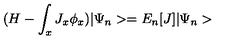
( H - \int _ { x } J _ { x } \phi _ { x } ) | \Psi _ { n } > = E _ { n } [ J ] | \Psi _ { n } >